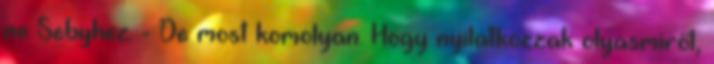
ne Sebyhez. - De most komolyan. Hogy nyilatkozzak olyasmiről,